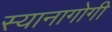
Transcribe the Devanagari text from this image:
स्यानागोगी